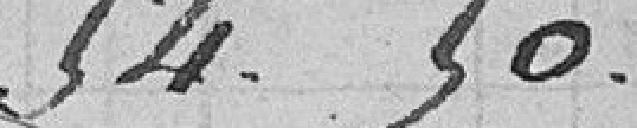
54.50